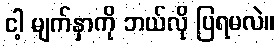
ငါ့ မျက်နှာကို ဘယ်လို ပြရမလဲ။